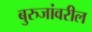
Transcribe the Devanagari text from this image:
बुरुजांवरील